画像に写った文字を読んでください
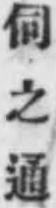
「伺之通」と書いてあります